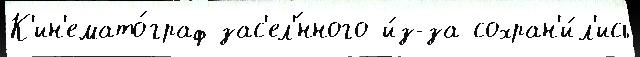
К'ин'емато́граф зас'ел'́нного и́з-за сохран'и́л'ись